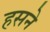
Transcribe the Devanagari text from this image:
हसने